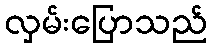
လှမ်းပြောသည်